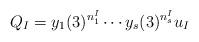
LaTeX: \begin{align*}Q_I=y_1(3)^{n_1^I}\cdots y_s(3)^{n_s^I}u_I\end{align*}